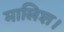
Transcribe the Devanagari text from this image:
मालिश।